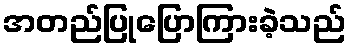
အတည်ပြုပြောကြားခဲ့သည်